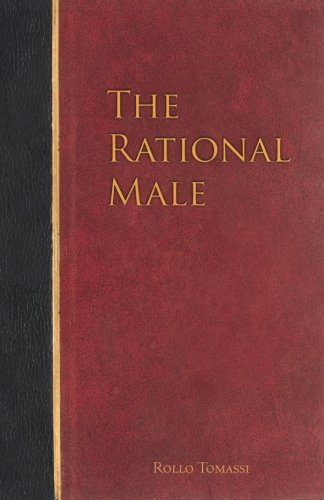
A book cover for The Rational Male; Rollo Tomassi; Self-Help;